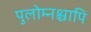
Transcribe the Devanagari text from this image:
पुलोम्नश्चापि